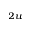
_ { 2 u }